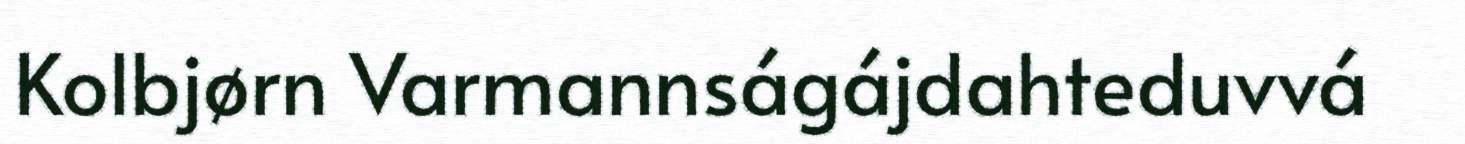
Kolbjørn Varmannságájdahteduvvá